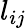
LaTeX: l_{ij}